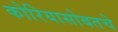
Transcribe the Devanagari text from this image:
कोरियासोबतचे